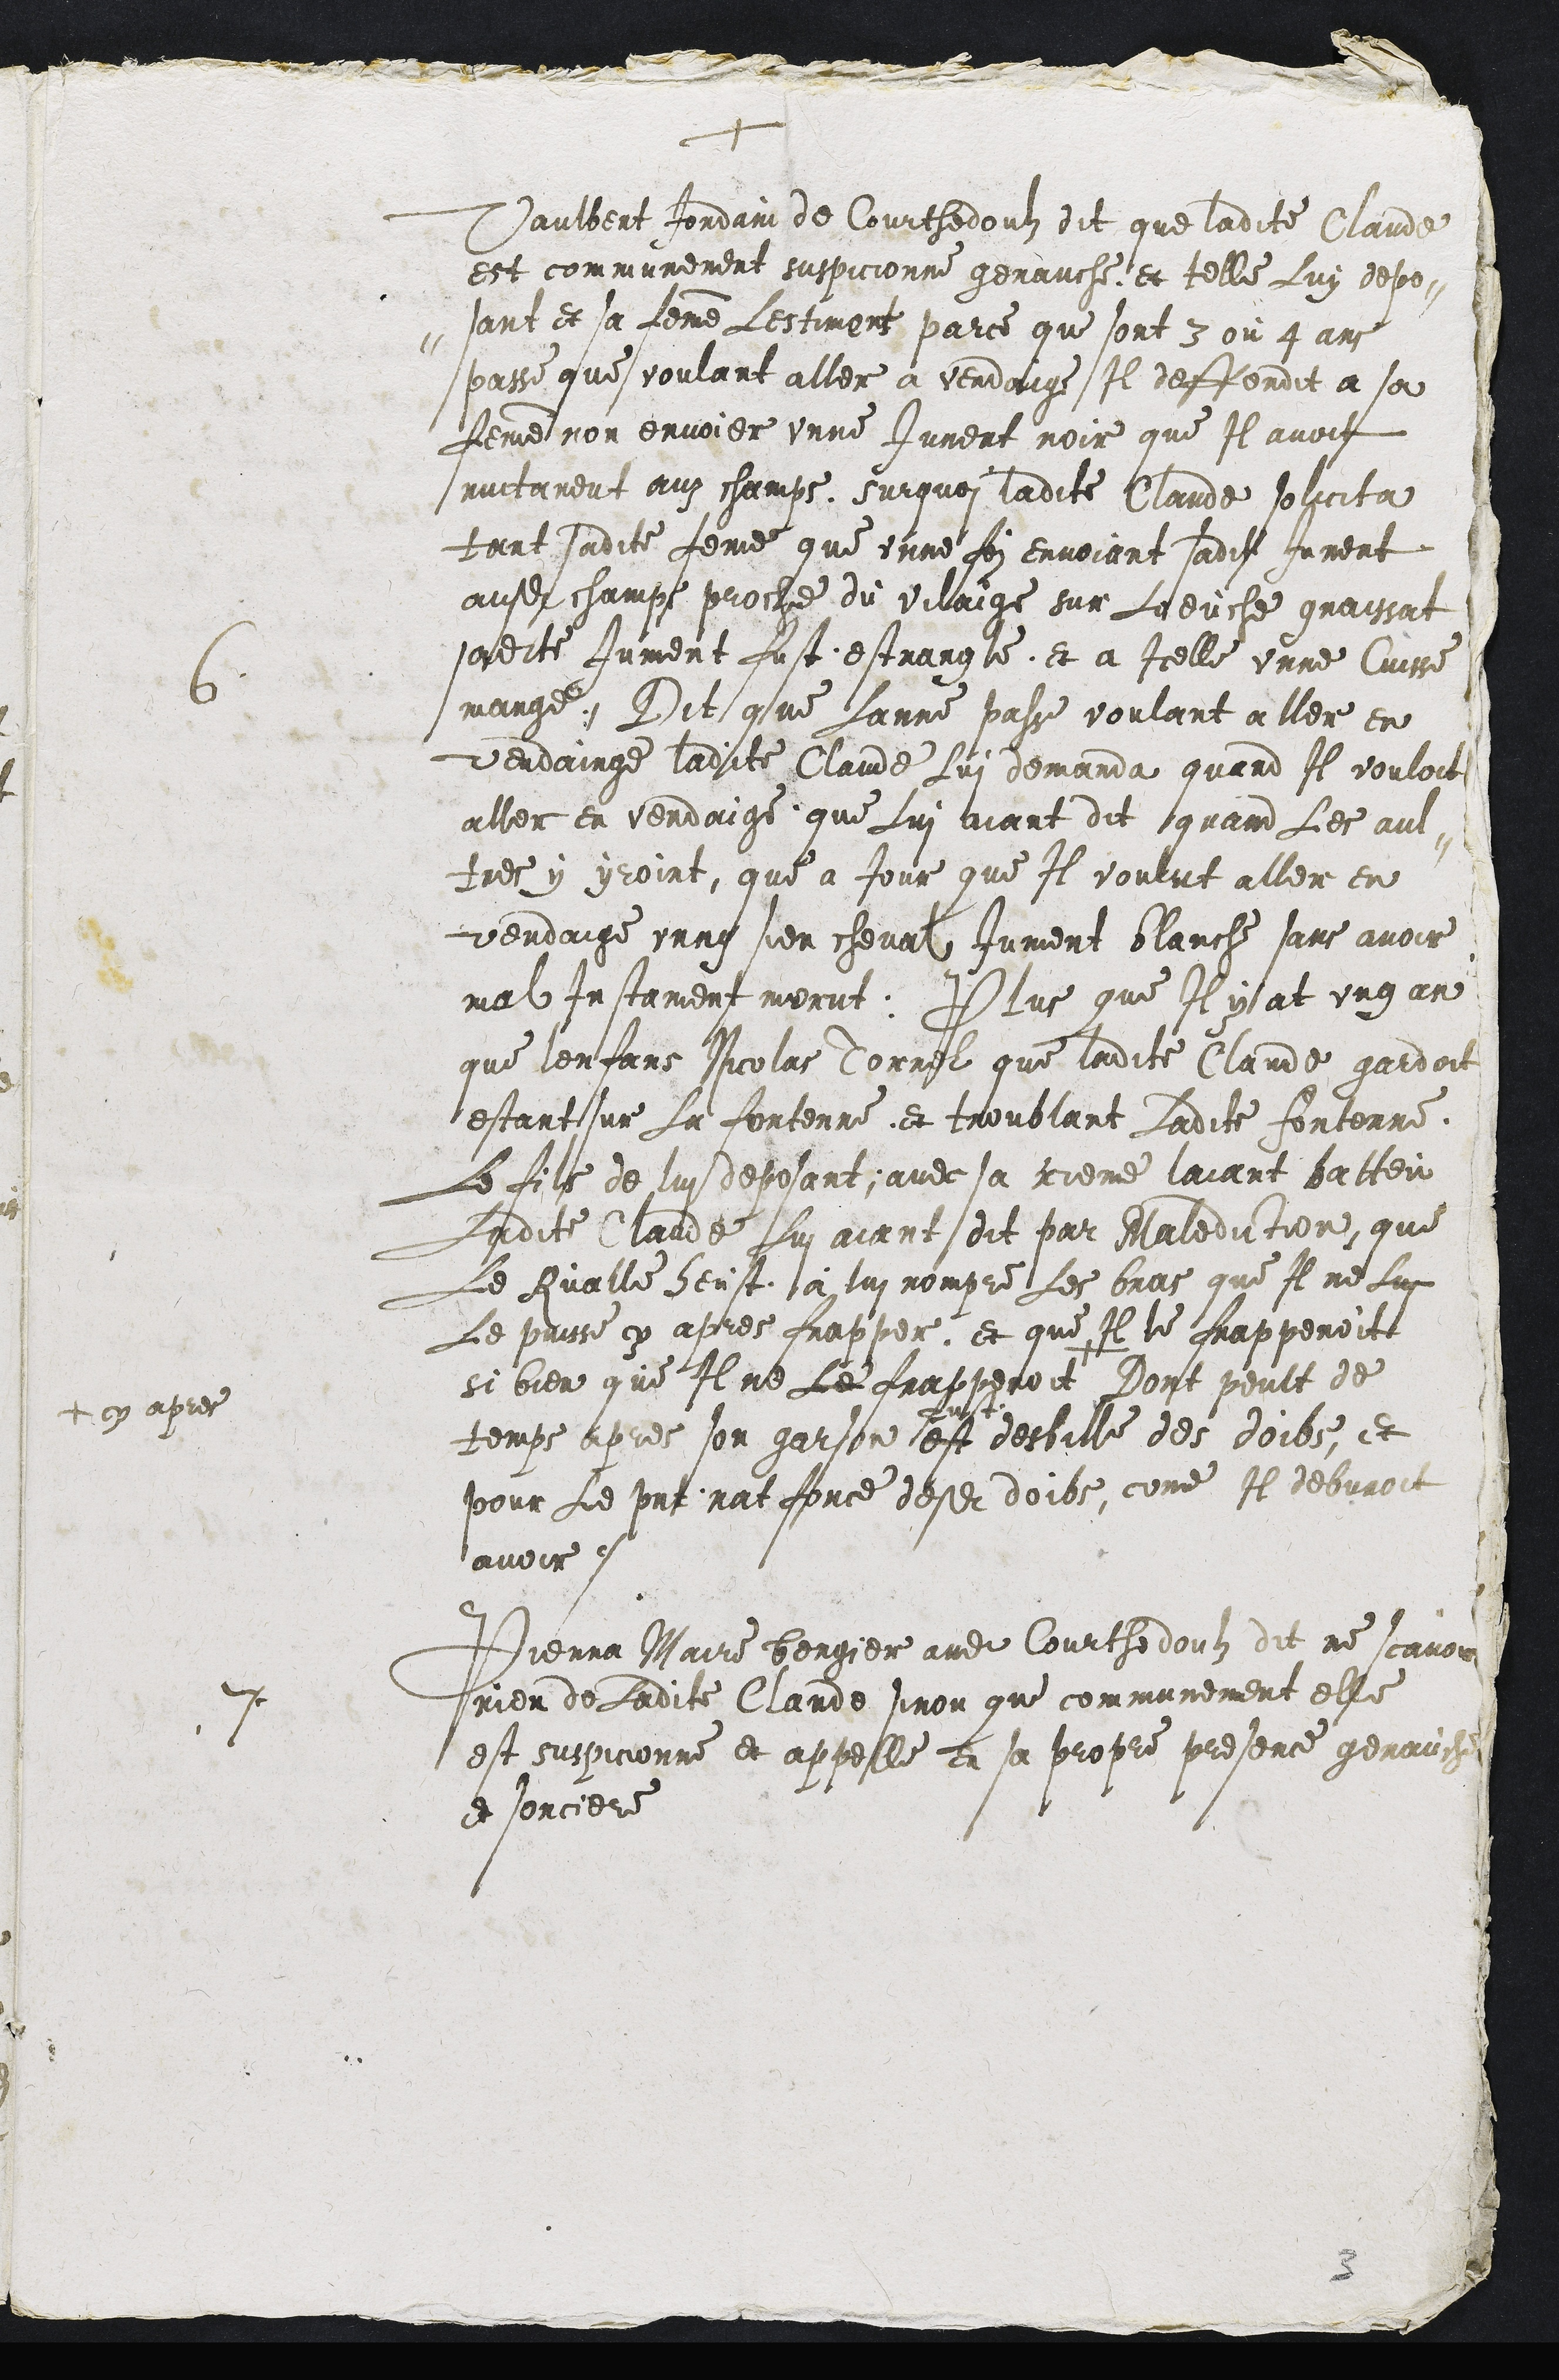
+
6. Vaulbert Jordain de Courthedoulz dit que ladite Claude
est communement suspicionne genauche et telle Luy depo-
-sant et sa femme Lestiment parce que sont 3 ou 4 ans
passe que voulant aller a vendange Il deffendit a sa
femme non envoier unne Jument noir que Il avoit
nuitament auz champs surquoi ladite Claude solicita
tant sadite feme que unne foy envoiant sadite Jument
ausdit champs proche du vilaige sur Loeuche graissat
sadite Jument ust estrangle et a Icelle unne Cuisse
mange. Dit que Lanne passe voulant aller en
vendainge ladite Claude Lui demanda quand Il vouloit
aller en vendaige que Lui aiant dit quand Les aul-
tres y yroint, que a Jour que Il voulut aller en
vendaige unng sien cheval Jument blanche sans avoir
mal Instament morut. Plus que Il y at ung an
que lenfans Nicolas Torrel que ladite Claude gardoit
estant sur La fontenne et troublant Ladite fontenne,
Le fils de lui deposant, avec sa scuere laiant batteu
Ladite Claude Lui aiant dit par Malediction, que
Le Rualle heust à lui rompre Les bras que Il ne Lui
Le puisse cy apres frapper, et que Il le frapperoit
si bien que Il ne Le frapperoit +
+ cy apres
Dont peult de
temps apres son garson est
fust
desbille des doibs, et
pour Le present nat force desdits doibs, come Il debvroit
avoir.
7 Pierra Maire bergier audit Courthedoulz dit ne scavoir
rien de Ladite Claude sinon que communement elle
est suspicionne et appelle en sa propre presence genauche
et sorciere

3